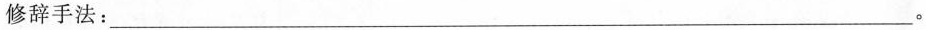
修辞手法：___。